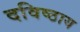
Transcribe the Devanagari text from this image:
दविष्ठाय